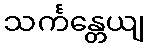
သင်္ကန္တေယျ